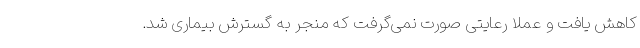
کاهش یافت و عملا رعایتی صورت نمی‌گرفت که منجر به گسترش بیماری شد.